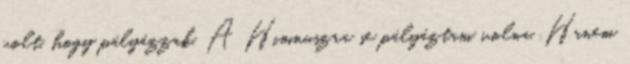
volt, hogy pályázzak. A Himnuszra se pályáztam volna. Hanem